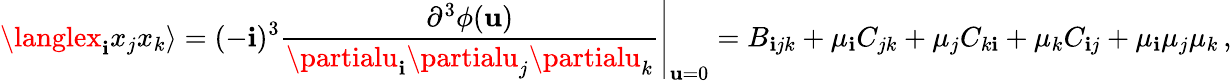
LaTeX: \langlex_{\mathbf{i}}x_{j}x_{k}\rangle=(-\mathbf{i})^{3}\left.{\frac{{\partial^{3}\phi({\mathbf{u}})}}{{\partialu_{\mathbf{i}}\partialu_{j}\partialu_{k}}}}\right|_{{\mathbf{u}}=0}=B_{\mathbf{i}jk}+\mu_{\mathbf{i}}C_{jk}+\mu_{j}C_{k\mathbf{i}}+\mu_{k}C_{\mathbf{i}j}+\mu_{\mathbf{i}}\mu_{j}\mu_{k}\, ,